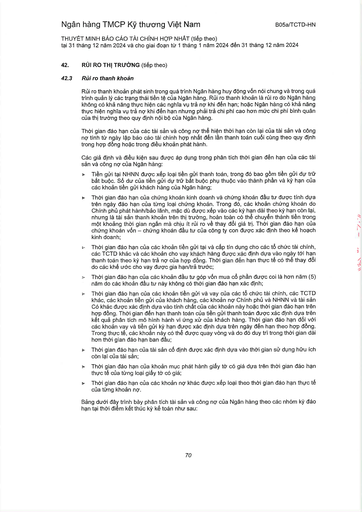
||Rủi ro thanh khoản| |---|---| ||Rủi ro thanh khoản phát sinh trong quá trình Ngân hàng huy động vốn nói chung và trong quá trình quản lý các trạng thái tiền tệ của Ngân hàng. Rủi ro thanh khoản là rủi ro do Ngân hàng không có khả năng thực hiện các nghĩa vụ trả nợ khi đến hạn; hoặc Ngân hàng có khả năng thực hiện nghĩa vụ trả nợ khi đến hạn nhưng phải trả chi phí cao hơn mức chi phí bình quân của thị trường theo quy định nội bộ của Ngân hàng.| ||Thời gian đáo hạn của các tài sản và công nợ thể hiện thời hạn còn lại của tài sản và công nợ tính từ ngày lập báo cáo tài chính hợp nhất đến lần thanh toán cuối cùng theo quy định trong hợp đồng hoặc trong điều khoản phát hành.| ||Các giả định và điều kiện sau được áp dụng trong phân tích thời gian đến hạn của các tài sản và công nợ của Ngân hàng:| ||Tiền gửi tại NHNN được xếp loại tiền gửi thanh toán, trong đó bao gồm tiền gửi dự trữ bắt buộc. Số dư của tiền gửi dự trữ bắt buộc phụ thuộc vào thành phần và kỳ hạn của các khoản tiền gửi khách hàng của Ngân hàng;| ||Thời gian đáo hạn của chứng khoán kinh doanh và chứng khoán đầu tư được tính dựa trên ngày đáo hạn của từng loại chứng khoán. Trong đó, các khoản chứng khoán do Chính phủ phát hành/bảo lãnh, mặc dù được xếp vào các kỳ hạn dài theo kỳ hạn còn lại, nhưng là tài sản thanh khoản trên thị trường, hoàn toàn có thể chuyển thành tiền trong một khoảng thời gian ngắn mà chịu ít rủi ro về thay đổi giá trị. Thời gian đáo hạn của chứng khoán vốn - chứng khoán đầu tư của công ty con được xác định theo kế hoạch kinh doanh;| ||Thời gian đáo hạn của các khoản tiền gửi tại và cấp tín dụng cho các tổ chức tài chính, các TCTD khác và các khoản cho vay khách hàng được xác định dựa vào ngày tới hạn thanh toán theo kỳ hạn trả nợ của hợp đồng. Thời gian đến hạn thực tế có thể thay đổi do các khế ước cho vay được gia hạn/trả trước;| ||Thời gian đáo hạn của các khoản đầu tư góp vốn mua cổ phần được coi là hơn năm (5) năm do các khoản đầu tư này không có thời gian đáo hạn xác định;| ||Thời gian đáo hạn của các khoản tiền gửi và vay của các tổ chức tài chính, các TCTD khác, các khoản tiền gửi của khách hàng, các khoản nợ Chính phủ và NHNN và tài sản Có khác được xác định dựa vào tính chất của các khoản này hoặc thời gian đáo hạn trên hợp đồng. Thời gian đến hạn thanh toán của tiền gửi thanh toán được xác định dựa trên kết quả phân tích mô hình hành vi ứng xử của khách hàng. Thời gian đáo hạn đối với các khoản vay và tiền gửi kỳ hạn được xác định dựa trên ngày đến hạn theo hợp đồng. Trong thực tế, các khoản này có thể được quay vòng và do đó duy trì trong thời gian dài hơn thời gian đáo hạn ban đầu;| ||Thời gian đáo hạn của tài sản cố định được xác định dựa vào thời gian sử dụng hữu ích còn lại của tài sản;| ||Thời gian đáo hạn của khoản mục phát hành giấy tờ có giá dựa trên thời gian đáo hạn thực tế của từng loại giấy tờ có giá;| ||Thời gian đáo hạn của các khoản nợ khác được xếp loại theo thời gian đáo hạn thực tế của từng khoản nợ.| ||dưới trình tích tài sản và của Ngân hàng theo các nhóm kỳ đáo|